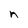
Character: n